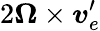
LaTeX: {2\boldsymbol\Omega\times\boldsymbol v_{e}^{\prime}}